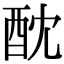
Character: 酖